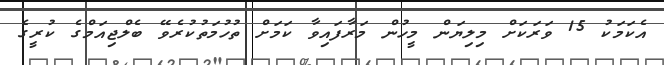
އެކަމަކު 15 ވަރަކަށް މިލިޔަން މީހުން މަރާފައިވާ ކަމަށް ތުހުމަތުކުރެވޭ ބެލްޖިއަމްގެ ކުރީގެ